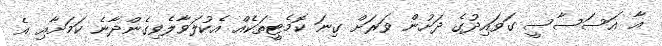
އާ އަސަސާސީ ގަވައިދުގެ ދަށުން ވަރަށް ގިނަ ކޮމެޓީތަކެއް އެކުލަވާލެވިގެންދާނެ ކަމަށާއި އެ